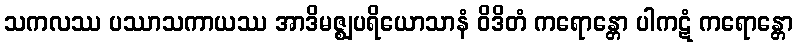
သကလဿ ပဿာသကာယဿ အာဒိမဇ္ဈပရိယောသာနံ ဝိဒိတံ ကရောန္တော ပါကဋံ ကရောန္တော